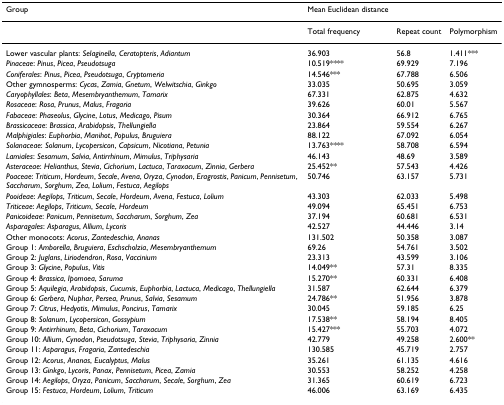
<table><thead><tr><td><b>Group</b></td><td><b>Mean Euclidean distance</b></td><td></td><td></td></tr></thead><tbody><tr><td></td><td>Total frequency</td><td>Repeat count</td><td>Polymorphism</td></tr><tr><td>Lower vascular plants: <i>Selaginella</i>, <i>Ceratopteris</i>, <i>Adiantum</i></td><td>36.903</td><td>56.8</td><td>1.411***</td></tr><tr><td><i>Pinaceae</i>: <i>Pinus</i>, <i>Picea</i>, <i>Pseudotsuga</i></td><td>10.519****</td><td>69.929</td><td>7.196</td></tr><tr><td><i>Coniferales</i>: <i>Pinus</i>, <i>Picea</i>, <i>Pseudotsuga</i>, <i>Cryptomeria</i></td><td>14.546***</td><td>67.788</td><td>6.506</td></tr><tr><td>Other gymnosperms: <i>Cycas</i>, <i>Zamia</i>, <i>Gnetum</i>, <i>Welwitschia</i>, <i>Ginkgo</i></td><td>33.035</td><td>50.695</td><td>3.059</td></tr><tr><td><i>Caryophyllales</i>: <i>Beta</i>, <i>Mesembryanthemum</i>, <i>Tamarix</i></td><td>67.331</td><td>62.875</td><td>4.632</td></tr><tr><td><i>Rosaceae</i>: <i>Rosa</i>, <i>Prunus</i>, <i>Malus</i>, <i>Fragaria</i></td><td>39.626</td><td>60.01</td><td>5.567</td></tr><tr><td><i>Fabaceae</i>: <i>Phaseolus</i>, <i>Glycine</i>, <i>Lotus</i>, <i>Medicago</i>, <i>Pisum</i></td><td>30.364</td><td>66.912</td><td>6.765</td></tr><tr><td><i>Brassicaceae</i>: <i>Brassica</i>, <i>Arabidopsis</i>, <i>Thellungiella</i></td><td>23.864</td><td>59.554</td><td>6.267</td></tr><tr><td><i>Malphigiales</i>: <i>Euphorbia</i>, <i>Manihot</i>, <i>Populus</i>, <i>Bruguiera</i></td><td>88.122</td><td>67.092</td><td>6.054</td></tr><tr><td><i>Solanaceae</i>: <i>Solanum</i>, <i>Lycopersicon</i>, <i>Capsicum</i>, <i>Nicotiana</i>, <i>Petunia</i></td><td>13.763****</td><td>58.708</td><td>6.594</td></tr><tr><td><i>Lamiales</i>: <i>Sesamum</i>, <i>Salvia</i>, <i>Antirrhinum</i>, <i>Mimulus</i>, <i>Triphysaria</i></td><td>46.143</td><td>48.69</td><td>3.589</td></tr><tr><td><i>Asteraceae</i>: <i>Helianthus</i>, <i>Stevia</i>, <i>Cichorium</i>, <i>Lactuca</i>, <i>Taraxacum</i>, <i>Zinnia</i>, <i>Gerbera</i></td><td>25.452**</td><td>57.543</td><td>4.426</td></tr><tr><td><i>Poaceae</i>: <i>Triticum</i>, <i>Hordeum</i>, <i>Secale</i>, <i>Avena</i>, <i>Oryza</i>, <i>Cynodon</i>, <i>Eragrostis</i>, <i>Panicum</i>, <i>Pennisetum</i>, <i>Saccharum</i>, <i>Sorghum</i>, <i>Zea</i>, <i>Lolium</i>, <i>Festuca</i>, <i>Aegilops</i></td><td>50.746</td><td>63.157</td><td>5.731</td></tr><tr><td><i>Pooideae</i>: <i>Aegilops</i>, <i>Triticum</i>, <i>Secale</i>, <i>Hordeum</i>, <i>Avena</i>, <i>Festuca</i>, <i>Lolium</i></td><td>43.303</td><td>62.033</td><td>5.498</td></tr><tr><td><i>Triticeae</i>: <i>Aegilops</i>, <i>Triticum</i>, <i>Secale</i>, <i>Hordeum</i></td><td>49.094</td><td>65.451</td><td>6.753</td></tr><tr><td><i>Panicoideae</i>: <i>Panicum</i>, <i>Pennisetum</i>, <i>Saccharum</i>, <i>Sorghum</i>, <i>Zea</i></td><td>37.194</td><td>60.681</td><td>6.531</td></tr><tr><td><i>Asparagales</i>: <i>Asparagus</i>, <i>Allium</i>, <i>Lycoris</i></td><td>42.527</td><td>44.446</td><td>3.14</td></tr><tr><td>Other monocots: <i>Acorus</i>, <i>Zantedeschia</i>, <i>Ananas</i></td><td>131.502</td><td>50.358</td><td>3.087</td></tr><tr><td>Group 1: <i>Amborella</i>, <i>Bruguiera</i>, <i>Eschscholzia</i>, <i>Mesembryanthemum</i></td><td>69.26</td><td>54.761</td><td>3.502</td></tr><tr><td>Group 2: <i>Juglans</i>, <i>Liriodendron</i>, <i>Rosa</i>, <i>Vaccinium</i></td><td>23.313</td><td>43.599</td><td>3.106</td></tr><tr><td>Group 3: <i>Glycine</i>, <i>Populus</i>, <i>Vitis</i></td><td>14.049**</td><td>57.31</td><td>8.335</td></tr><tr><td>Group 4: <i>Brassica</i>, <i>Ipomoea</i>, <i>Saruma</i></td><td>15.270**</td><td>60.331</td><td>6.408</td></tr><tr><td>Group 5: <i>Aquilegia</i>, <i>Arabidopsis</i>, <i>Cucumis</i>, <i>Euphorbia</i>, <i>Lactuca</i>, <i>Medicago</i>, <i>Thellungiella</i></td><td>31.587</td><td>62.644</td><td>6.379</td></tr><tr><td>Group 6: <i>Gerbera</i>, <i>Nuphar</i>, <i>Persea</i>, <i>Prunus</i>, <i>Salvia</i>, <i>Sesamum</i></td><td>24.786**</td><td>51.956</td><td>3.878</td></tr><tr><td>Group 7: <i>Citrus</i>, <i>Hedyotis</i>, <i>Mimulus</i>, <i>Poncirus</i>, <i>Tamarix</i></td><td>30.045</td><td>59.185</td><td>6.25</td></tr><tr><td>Group 8: <i>Solanum</i>, <i>Lycopersicon</i>, <i>Gossypium</i></td><td>17.538**</td><td>58.194</td><td>8.405</td></tr><tr><td>Group 9: <i>Antirrhinum</i>, <i>Beta</i>, <i>Cichorium</i>, <i>Taraxacum</i></td><td>15.427***</td><td>55.703</td><td>4.072</td></tr><tr><td>Group 10: <i>Allium</i>, <i>Cynodon</i>, <i>Pseudotsuga</i>, <i>Stevia</i>, <i>Triphysaria</i>, <i>Zinnia</i></td><td>42.779</td><td>49.258</td><td>2.600**</td></tr><tr><td>Group 11: <i>Asparagus</i>, <i>Fragaria</i>, <i>Zantedeschia</i></td><td>130.585</td><td>45.719</td><td>2.757</td></tr><tr><td>Group 12: <i>Acorus</i>, <i>Ananas</i>, <i>Eucalyptus</i>, <i>Malus</i></td><td>35.261</td><td>61.135</td><td>4.616</td></tr><tr><td>Group 13: <i>Ginkgo</i>, <i>Lycoris</i>, <i>Panax</i>, <i>Pennisetum</i>, <i>Picea</i>, <i>Zamia</i></td><td>30.553</td><td>58.252</td><td>4.258</td></tr><tr><td>Group 14: <i>Aegilops</i>, <i>Oryza</i>, <i>Panicum</i>, <i>Saccharum</i>, <i>Secale</i>, <i>Sorghum</i>, <i>Zea</i></td><td>31.365</td><td>60.619</td><td>6.723</td></tr><tr><td>Group 15: <i>Festuca</i>, <i>Hordeum</i>, <i>Lolium</i>, <i>Triticum</i></td><td>46.006</td><td>63.169</td><td>6.435</td></tr></tbody></table>